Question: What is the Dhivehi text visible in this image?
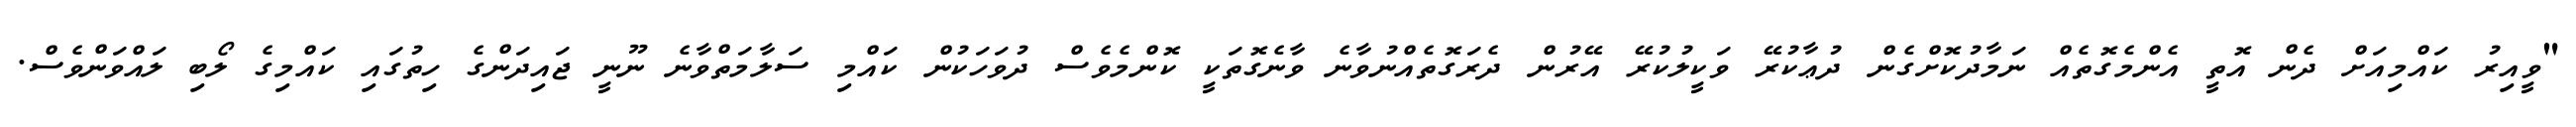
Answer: "ވީއިރު ކައްމިއަށް ދެން އޮތީ އެންމެގޮތެއް ނަމާދުކޮށްގެން ދުޢާކުރޭ ވަކީލުކުރޭ އޭރުން ދެރަގޮތެއްނުވާނެ ވާނެގޮތަކީ ކޮންމެވެސް ދުވަހަކުން ކައްމި ސަލާމަތްވާނެ ނޫނީ ޖައިދަންގެ ހިތުގައި ކައްމިގެ ލޯބި ލައްވަންވެސް.